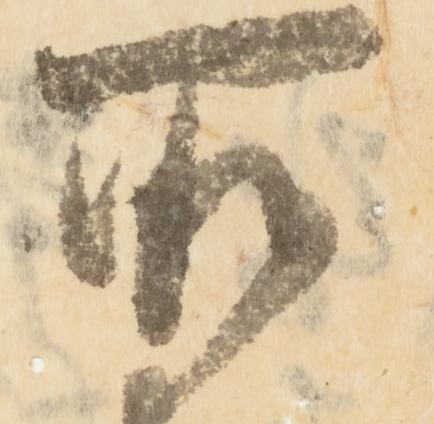
所